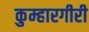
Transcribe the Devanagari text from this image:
कुम्हारगीरी